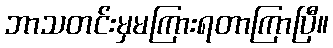
ဘာသတင်းမှမကြားရတာကြာပြီ။